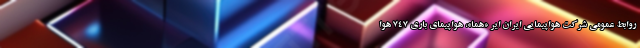
روابط عمومی شرکت هواپیمایی ایران ایر «هما»، هواپیمای باری ۷۴۷ هوا